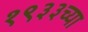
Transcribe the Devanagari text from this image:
१९३३च्या